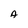
Character: A